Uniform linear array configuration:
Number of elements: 24
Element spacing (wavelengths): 0.25
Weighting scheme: cosine
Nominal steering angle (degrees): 45
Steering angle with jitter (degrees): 43.54
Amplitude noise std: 0.05
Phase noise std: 0.05

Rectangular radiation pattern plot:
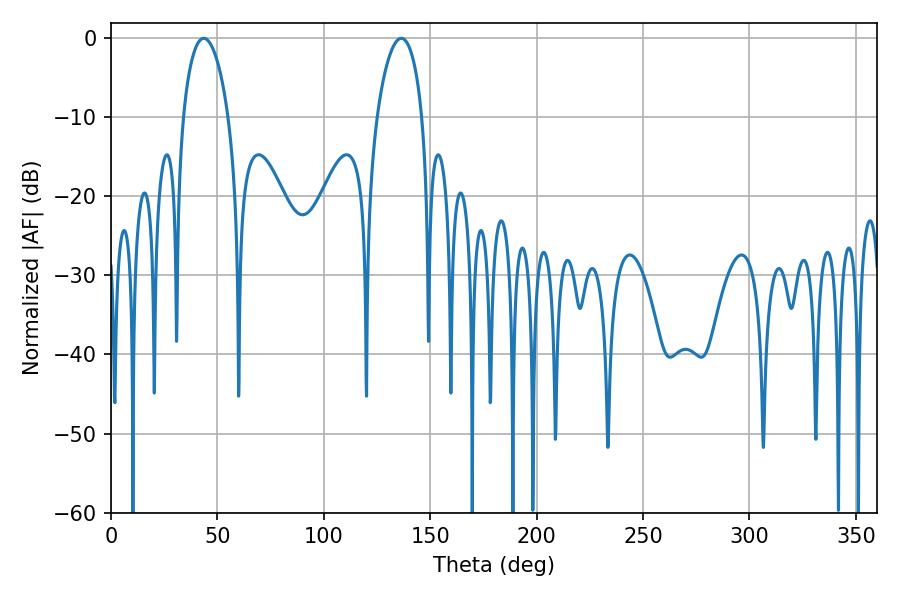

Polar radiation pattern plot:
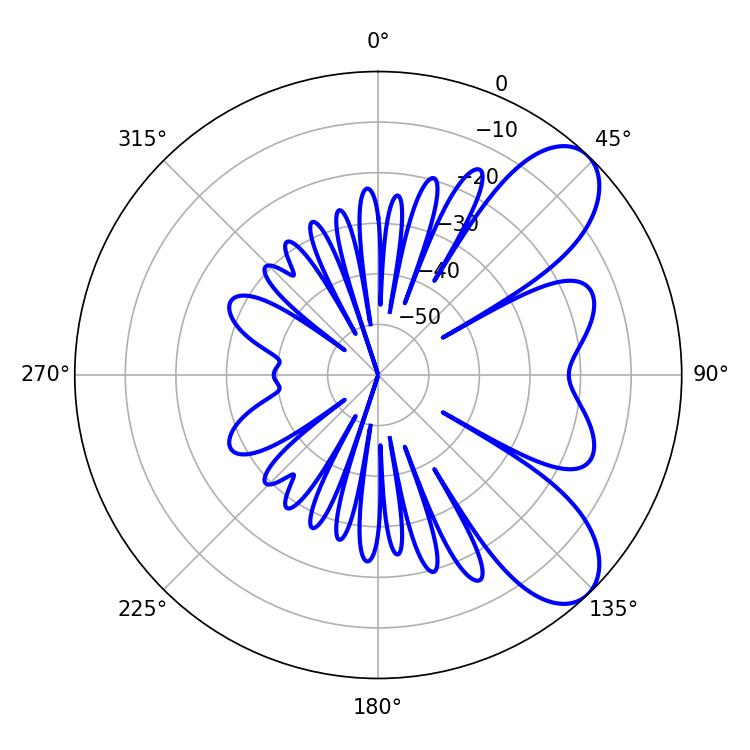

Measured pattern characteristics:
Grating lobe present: FALSE
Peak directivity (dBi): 7.892
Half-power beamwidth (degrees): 12.24
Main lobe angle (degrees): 43.56